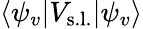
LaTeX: \langle\psi_{v}|V_{\mathrm{s.l.}}|\psi_{v}\rangle